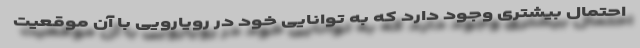
احتمال بیشتری وجود دارد که به توانایی خود در رویارویی با آن موقعیت